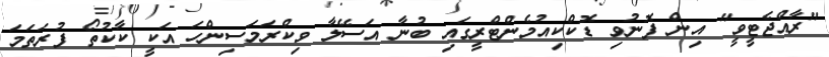
"ރާއްޖެޓީވީ" އިން ފޮނުވި ޑޮކްކިއުމެންޓްރީގައި ބުނާ އަސޭލާ ވިކްރަމަސިންހަ އަކީ ކާކުތޯ ފުރަތަމަ